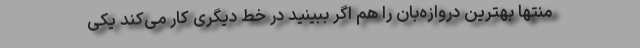
منتها بهترین دروازه‌بان را هم اگر ببینید در خط دیگری کار می‌کند یکی